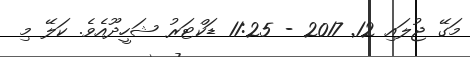
މަގޭ ޖުލައި 12